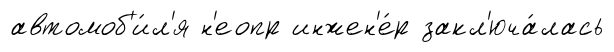
автомоб'и́л'я н'еопр инжен'е́р закл'юча́лась